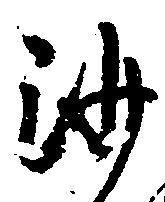
沙